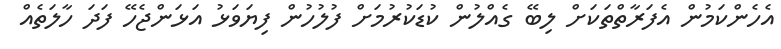
އެހެންކަމުން އެފަރާތްތަކަށް ލިބޭ ގެއްލުން ކުޑަކުރުމަށް ފުލުހުން ފިޔަވަޅު އަޅަންޖެހޭ ފަދަ ހާލަތެއް